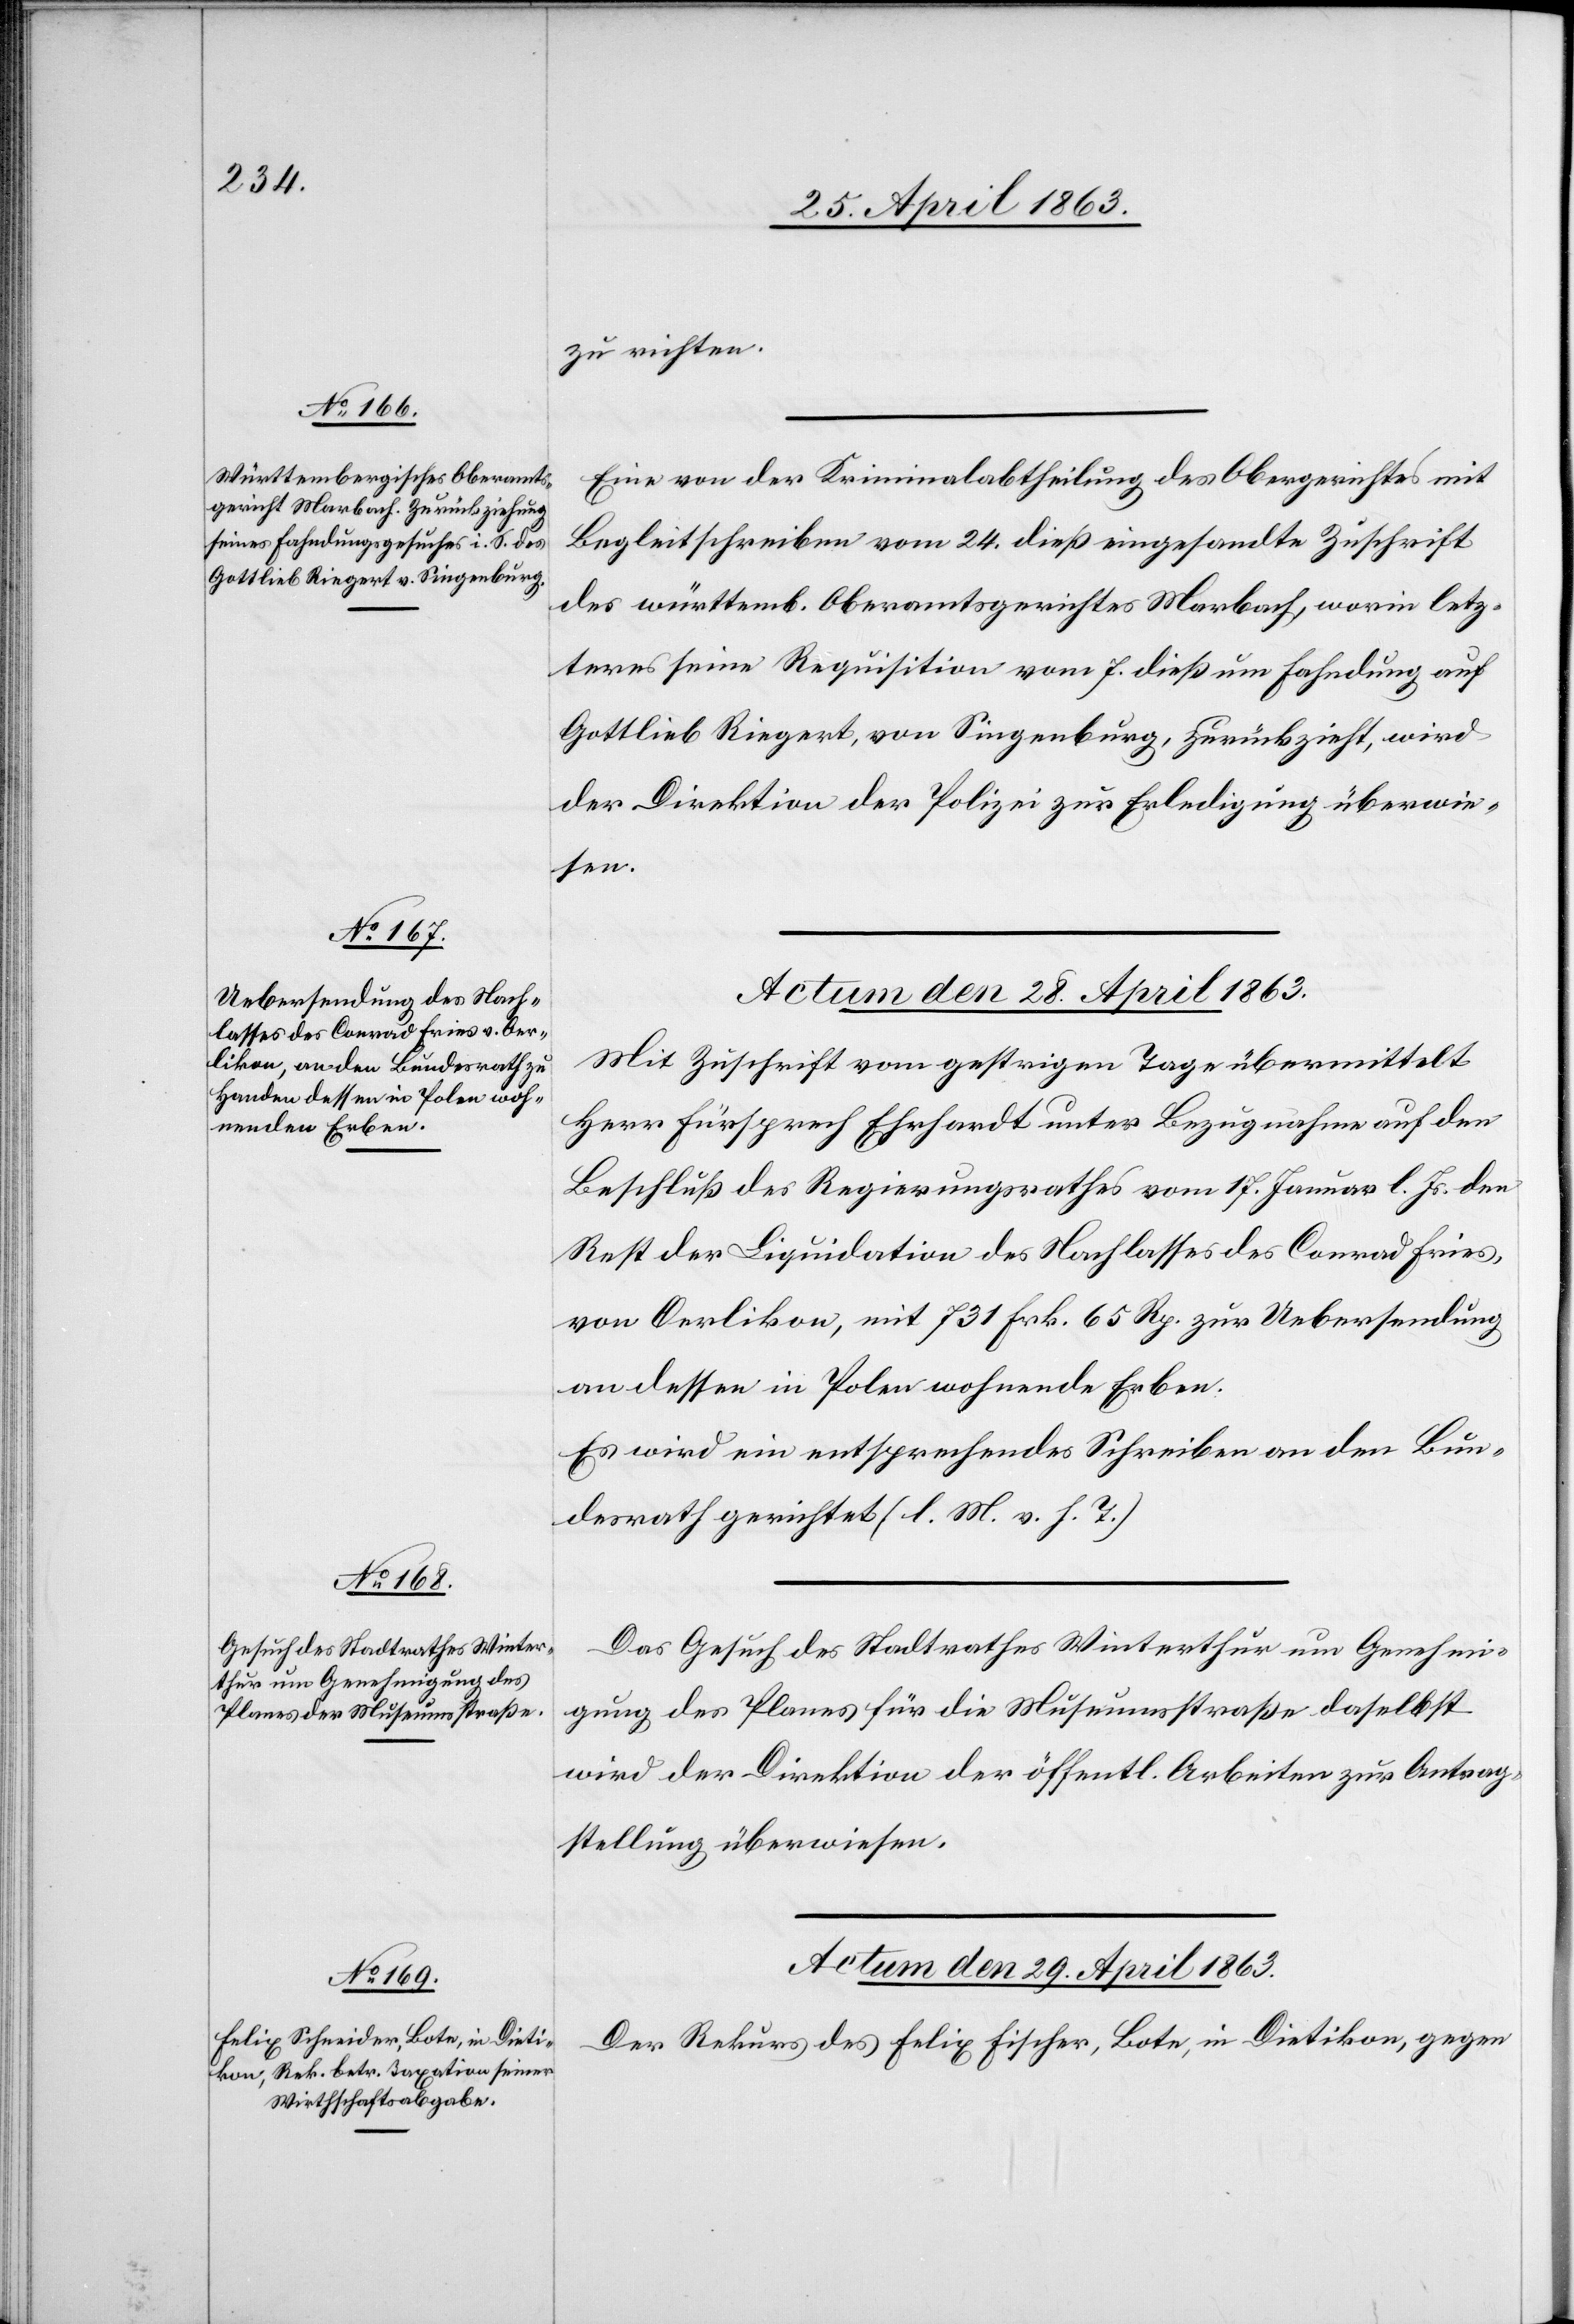
zu richten.
Eine von der Kriminalabtheilung des Obergerichtes mit
Begleitschreiben vom 24. dieß eingesandte Zuschrift
des württemb. Oberamtsgerichtes Marbach, worin letz¬
teres seine Requisition vom 7. dieß um Fahndung auf
Gottlieb Riegert, von Singenburg, zurückzieht, wird
der Direktion der Polizei zur Erledigung überwie¬
sen.
Actum den 28. April 1863.]
Mit Zuschrift vom gestrigen Tage übermittelt
Herr Fürsprech Ehrhardt unter Bezugnahme auf den
Beschluß des Regierungsrathes vom 17. Januar l. Js. den
Rest der Liquidation des Nachlasses des Conrad Fries,
von Oerlikon, mit 731 Frk. 65 Rp. zur Uebersendung
an dessen in Polen wohnende Erben.
Es wird ein entsprechendes Schreiben an den Bun¬
desrath gerichtet (l. M. v. h. T.)
Das Gesuch des Stadtrathes Winterthur um Genehmi¬
gung des Planes für die Museumsstraße daselbst
wird der Direktion der öffentl. Arbeiten zur Antrag¬
stellung überwiesen.
Actum den 29. April 1863.
Der Rekurs des Felix Fischer, Bote, in Dietikon, gegen